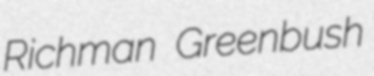
Richman Greenbush